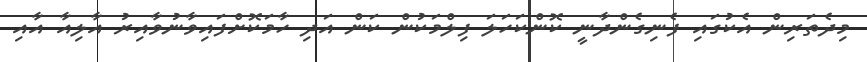
މިދެތަރިން އެކުގައި ފެނިގެންދާނީ ކޮންކަހަލަ ފިލްމަކުން ކަން އަދި ހާމަކޮށްފައިވާނުވާއިރު އާލިއާ އާއި